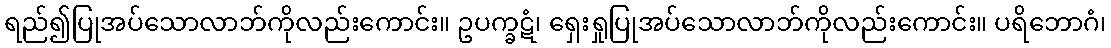
ရည်၍ပြုအပ်သောလာဘ်ကိုလည်းကောင်း။ ဥပက္ခဋံ၊ ရှေးရှုပြုအပ်သောလာဘ်ကိုလည်းကောင်း။ ပရိဘောဂံ၊